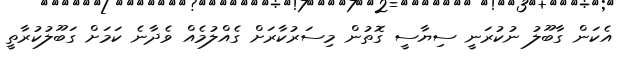
އެކަން ގާބޫލު ނުކުރަނީ ސިޔާސީ ގޮތުން މިސަރުކާރަށް ގެއްލުމެއް ވެދާނެ ކަމަށް ގަބޫލުކުރާތީ